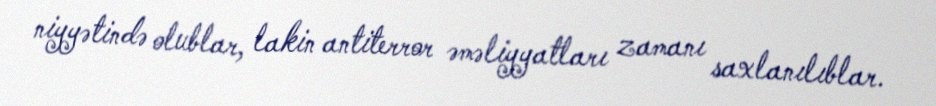
niyyətində olublar, lakin antiterror əməliyyatları zamanı saxlanılıblar.